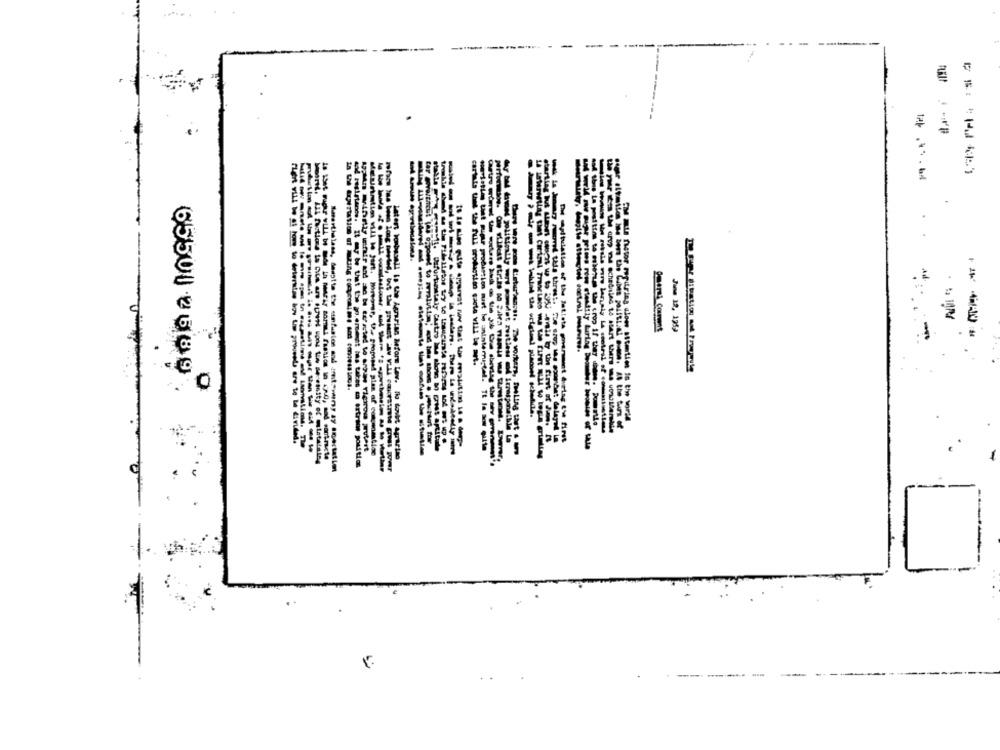
-
Ad
June 12, 1253
-
cartala this the full production sante will be art.
we will sie expe prices rom steadily turing boo
65501 26 89.
latert torbesall is the Agrarian Mform Law. Il donwkt apartso
----------------
----